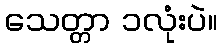
သေတ္တာ ၁လုံးပဲ။